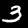
Label: 3